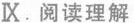
Ⅸ.阅读理解